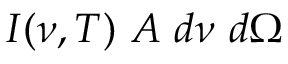
I ( \nu , T ) ~ A ~ d \nu ~ d \Omega